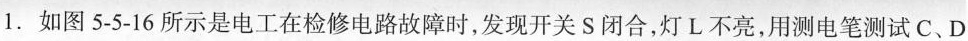
1.如图5-5-16所示是电工在检修电路故障时，发现开关S闭合，灯L不亮，用测电笔测试C、D